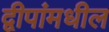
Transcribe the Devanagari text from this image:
द्वीपांमधील